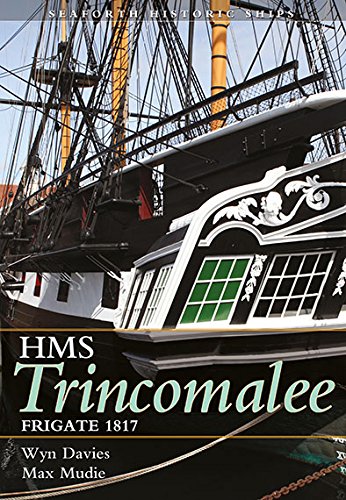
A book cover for HMS Trincomalee: Frigate 1817; Wyn Davies; Arts & Photography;